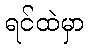
ရင်ထဲမှာ